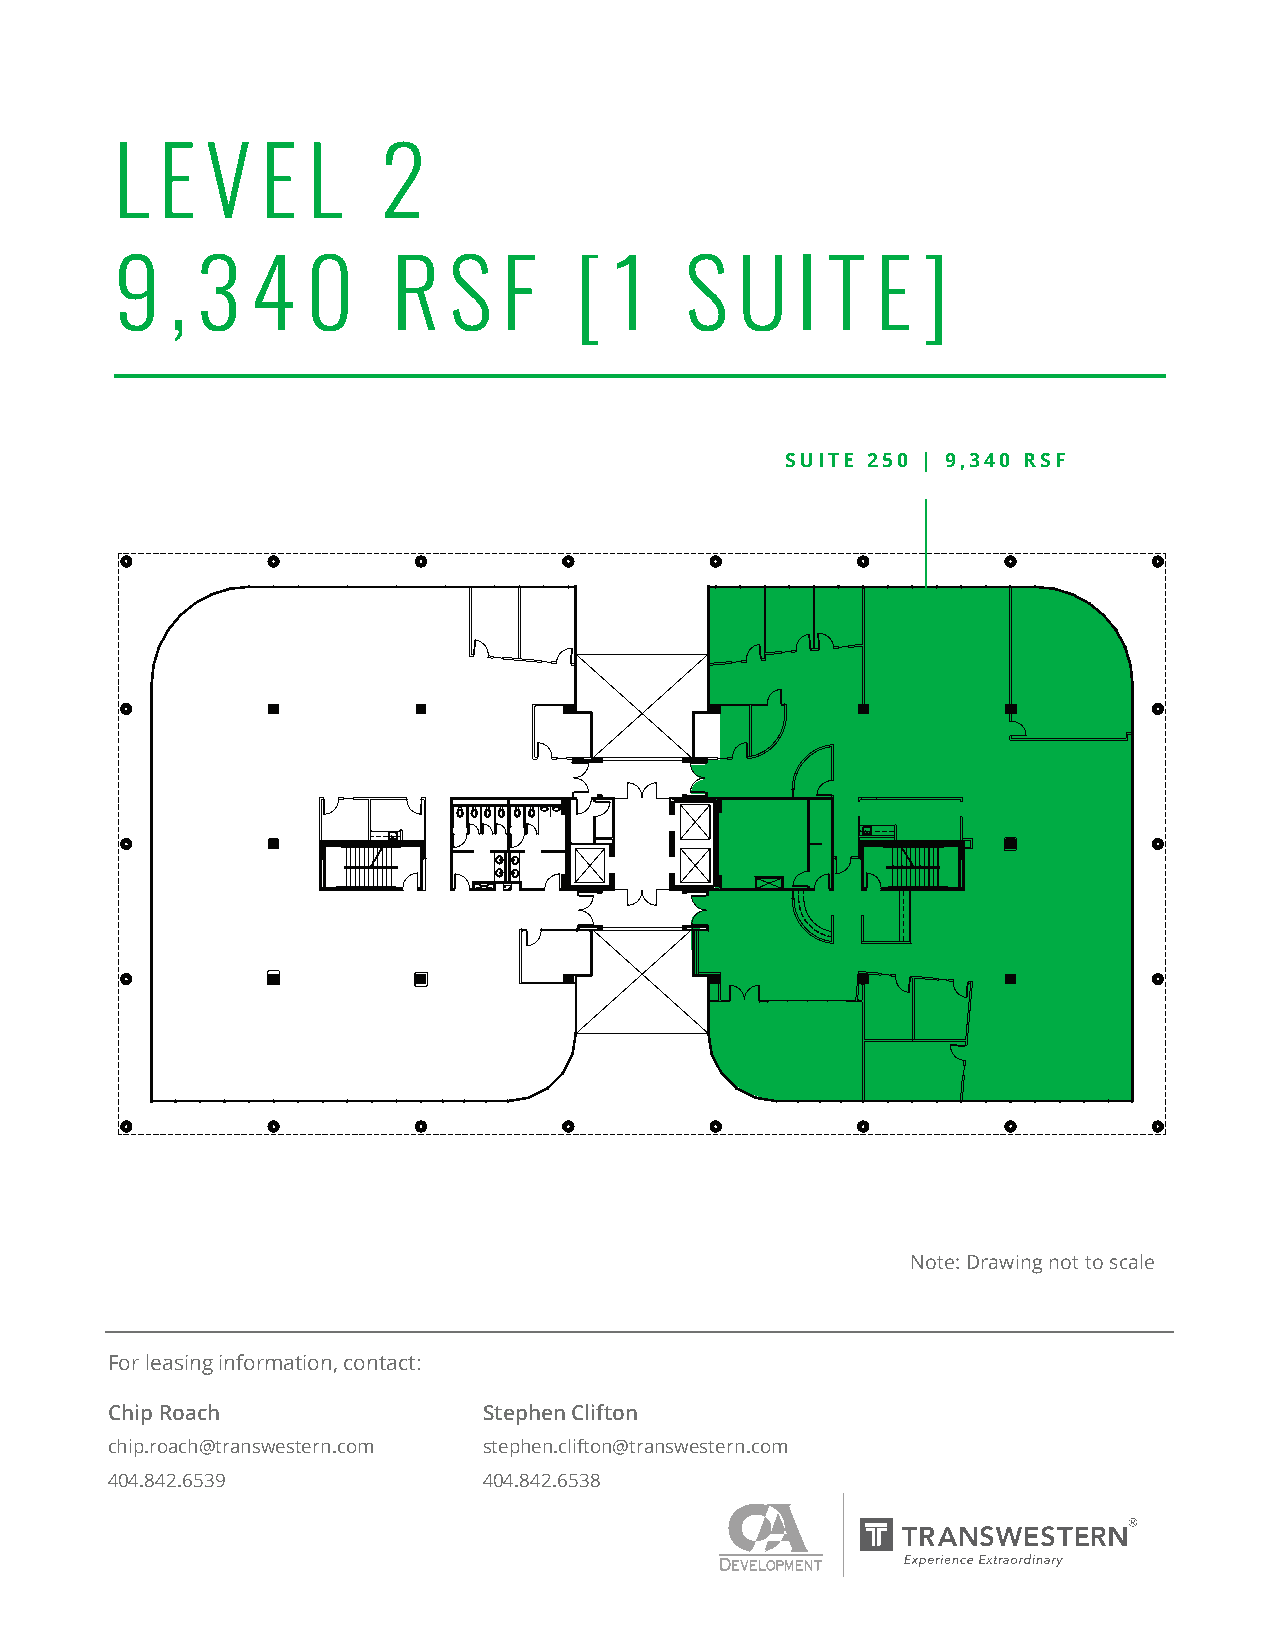
L  E  V  E  L    2
 9  , 3   4  0     R   S  F    [  1   S   U   I T  E  ]
 SUITE 250 | 9,340 RSF
 Note: Drawing not to scale
 For leasing information, contact:
 For leasing information, contact:
 Chip Roach               Stephen Clifton
 Chip Roach               Stephen Clifton
 chip.roach@transwestern.com stephen.clifton@transwestern.com
 chip.roach@madisonmarquette.com stephen.clifton@madisonmarquette.com
 404.842.6539             404.842.6538
 404.671.4705             404.671.4719